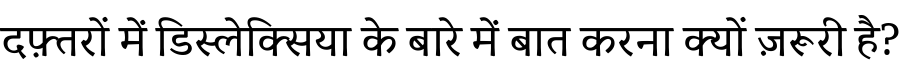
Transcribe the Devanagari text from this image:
दफ़्तरों में डिस्लेक्सिया के बारे में बात करना क्यों ज़रूरी है?